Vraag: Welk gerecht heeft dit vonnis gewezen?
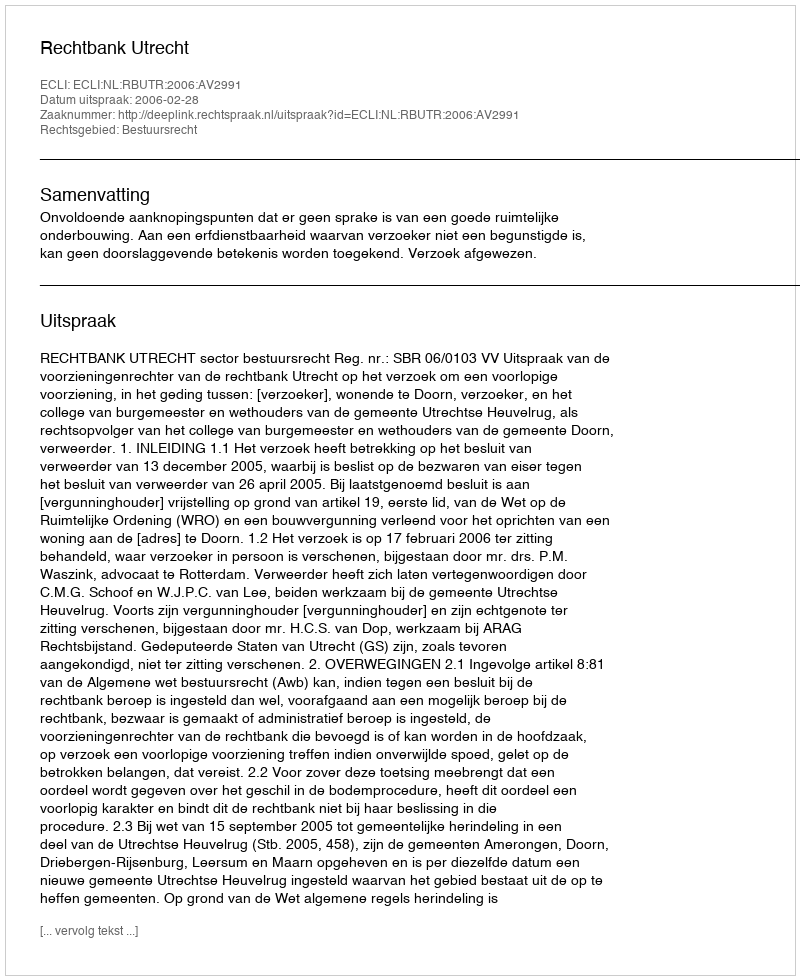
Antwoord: Rechtbank Utrecht